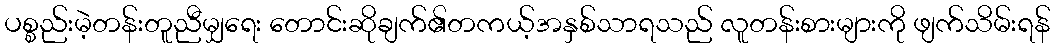
ပစ္စည်းမဲ့တန်းတူညီမျှရေး တောင်းဆိုချက်၏တကယ့်အနှစ်သာရသည် လူတန်းစားများကို ဖျက်သိမ်းရန်